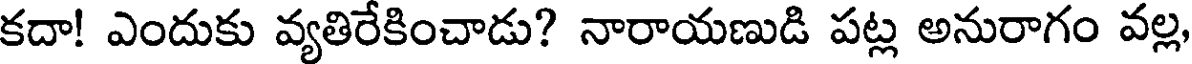
కదా! ఎందుకు వ్యతిరేకించాడు? నారాయణుడి పట్ల అనురాగం వల్ల